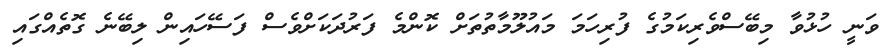
ވަނީ ހުޅުވާ މިބޭސްވެރިކަމުގެ ފުރިހަމަ މައުލޫމާތުތަށް ކޮންމެ ފަރުދަކަށްވެސް ފަސޭހައިން ލިބޭނެ ގޮތެއްގައި